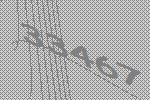
33467